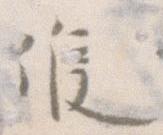
候